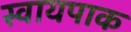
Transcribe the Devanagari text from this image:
स्वायपाक